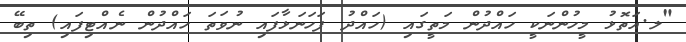
"ލ.އަތޮޅު މީހުންނަކީ ހައްދުން މަތީގައި (ހައްދު ފަހަނަޅާފައި ނުވަތަ ހައްދުން ނެއްޓިފައި) ތިބޭ